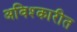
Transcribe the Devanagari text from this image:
अविश्कारीत